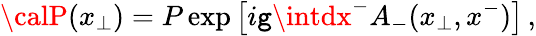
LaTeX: {\calP}({x}_{\bot})=P\exp\left[i\mathtt{g}\intdx^{-}A_{-}(x_{\bot},x^{-})\right]\, ,